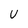
Character: U